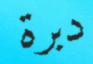
دبرة